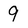
Character: 9